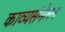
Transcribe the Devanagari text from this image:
काव्यसंमेलन